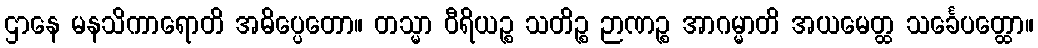
ဌာနေ မနသိကာရောတိ အဓိပ္ပေတော။ တသ္မာ ဝီရိယဉ္စ သတိဉ္စ ဉာဏဉ္စ အာဂမ္မာတိ အယမေတ္ထ သင်္ခေပတ္ထော။